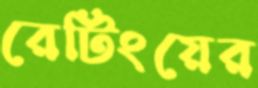
রেটিংয়ের